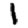
Digit: 1